Report of the Indian Hemp Drugs Commission, 1894-1895 - Volume I
Year: 1894
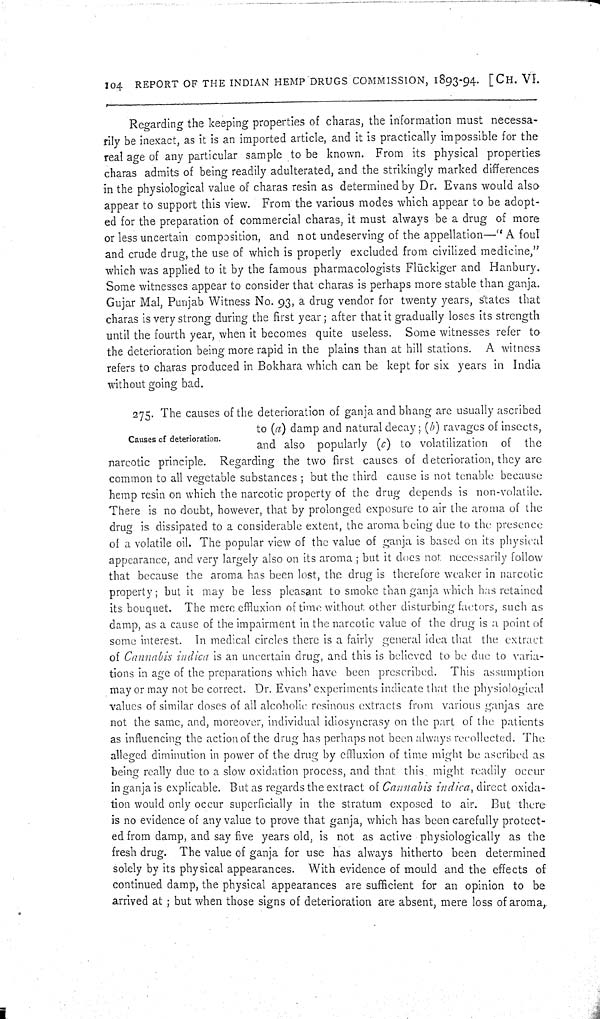
104 REPORT OF THE INDIAN HEMP DRUGS COMMISSION, 1893-94. [CH. VI.
Regarding the keeping properties of charas, the information must necessa¬
rily be inexact, as it is an imported article, and it is practically impossible for the
real age of any particular sample to be known. From its physical properties
charas admits of being readily adulterated, and the strikingly marked differences
in the physiological value of charas resin as determined by Dr. Evans would also
appear to support this view. From the various modes which appear to be adopt¬
ed for the preparation of commercial charas, it must always be a drug of more
or less uncertain composition, and not undeserving of the appellation—"A foul
and crude drug, the use of which is properly excluded from civilized medicine,"
which was applied to it by the famous pharmacologists Flückiger and Hanbury.
Some witnesses appear to consider that charas is perhaps more stable than ganja.
Gujar Mal, Punjab Witness No. 93, a drug vendor for twenty years, states that
charas is very strong during the first year; after that it gradually loses its strength
until the fourth year, when it becomes quite useless. Some witnesses refer to
the deterioration being more rapid in the plains than at hill stations. A witness
refers to charas produced in Bokhara which can be kept for six years in India
without going bad.
275. The causes of the deterioration of ganja and bhang are usually ascribed
to (a) damp and natural decay; (b) ravages of insects,
and also popularly (c) to volatilization of the
narcotic principle. Regarding the two first causes of deterioration, they are
common to all vegetable substances; but the third cause is not tenable because
hemp resin on which the narcotic property of the drug depends is non-volatile.
There is no doubt, however, that by prolonged exposure to air the aroma of the
drug is dissipated to a considerable extent, the aroma being due to the presence
of a volatile oil. The popular view of the value of ganja is based on its physical
appearance, and very largely also on its aroma; but it does not necessarily follow
that because the aroma has been lost, the drug is therefore weaker in narcotic
property; but it may be less pleasant to smoke than ganja which has retained
its bouquet. The mere effluxion of time without other disturbing factor, such as
damp, as a cause of the impairment in the narcotic value of the drug is a point of
some interest. In medical circles there is a fairly general idea that the extract
of Cannabis indica is an uncertain drug, and this is believed to be due to varia¬
tions in age of the preparations which have been prescribed. This assumption
may or may not be correct. Dr. Evans' experiments indicate that the physiological
values of similar doses of all alcoholic resinous extracts from various ganjas are
not the same, and, moreover, individual idiosyncrasy on the part of the patients
as influencing the action of the drug has perhaps not been always recollected. The
alleged diminution in power of the drug by ellluxion of time might be ascribed as
being really clue to a slow oxidation process, and that this might readily occur
in ganja is explicable. But as regards the extract of Cannabis indica, direct oxida¬
tion would only occur superficially in the stratum exposed to air. But there
is no evidence of any value to prove that ganja, which has been carefully protect¬
ed from damp, and say five years old, is not as active physiologically as the
fresh drug. The value of ganja for use has always hitherto been determined
solely by its physical appearances. With evidence of mould and the effects of
continued damp, the physical appearances are sufficient for an opinion to be
arrived at; but when those signs of deterioration are absent, mere loss of aroma,
Causes of deterioration.